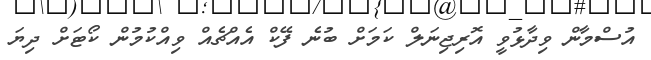
އުސްމާން ވިދާޅުވީ އޮރިޖިނަލް ކަމަށް ބުނެ ފޭކް އެއްޗެއް ވިއްކުމުން ކޯޓަށް ދިޔަ